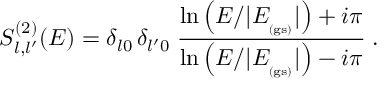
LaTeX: S _ { l , l ^ { \prime } } ^ { ( 2 ) } ( E ) = \delta _ { l 0 } \, \delta _ { l ^ { \prime } 0 } \; \frac { \ln \left( E / | E _ { _ \mathrm { ( g s ) } } | \right) + i \pi } { \ln \left( E / | E _ { _ \mathrm { ( g s ) } } | \right) - i \pi } \; .